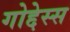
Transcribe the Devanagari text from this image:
गोद्देस्स